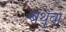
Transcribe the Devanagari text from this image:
बथुवा